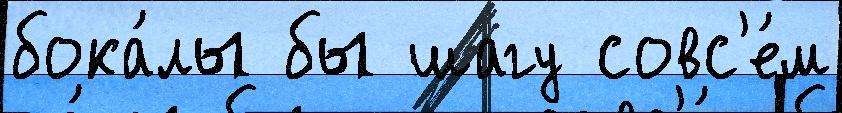
бока́лы бы шагу совс'е́м